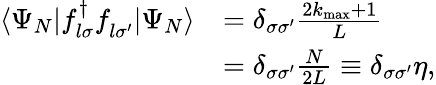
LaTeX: \begin{array}{rl}{\langle\Psi_{N}|f_{l\sigma}^{\dagger}f_{l\sigma^{\prime}}^{\phantom{\dagger}}|\Psi_{N}\rangle}&{=\delta_{\sigma\sigma^{\prime}}\frac{2k_{\mathrm{max}}+1}{L}}\\ &{=\delta_{\sigma\sigma^{\prime}}\frac{N}{2L}\equiv\delta_{\sigma\sigma^{\prime}}\eta,}\end{array}